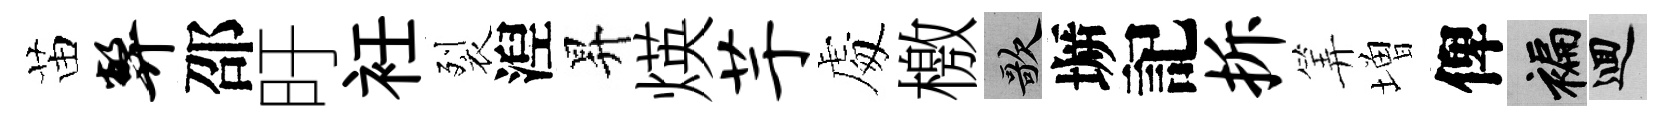
苗弊邵旴衽裂湼昇煐芋䖏檄歌󶱲記拆筭増俾褊回